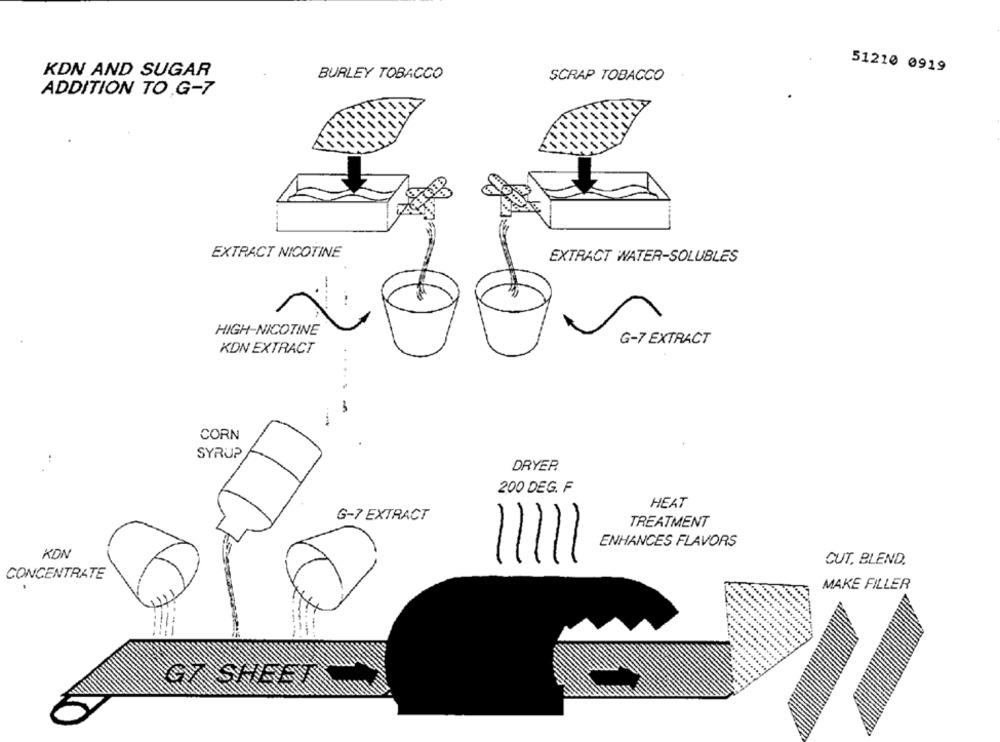
KDN AND SUGAR
BURLEY TOBACCO
51210 0919
SCRAP TOBACCO
ADDITION TO G-7
EXTRACT NICOTINE
EXTRACT WATER-SOLUBLES
HIGH-NICOTINE
G-7 EXTRACT
KDN EXTRACT
...
CORN
SYRUP
DRYER
200 DEG. F
HEAT
G-7 EXTRACT
TREATMENT
ENHANCES FLAVORS
KON
CUT. BLEND.
CONCENTRATE
MAKE FILLER